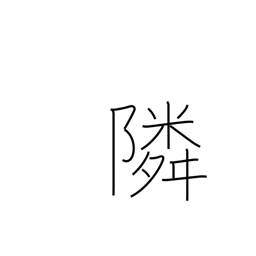
Meaning: neighboring